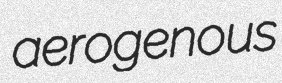
aerogenous